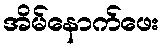
အိမ်နောက်ဖေး